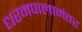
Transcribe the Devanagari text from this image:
धरमपालानंतर